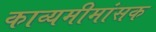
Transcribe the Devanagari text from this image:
काव्यमीमांसक